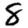
Digit: 8